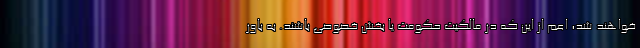
خواهند شد، اعم از این که در مالکیت حکومت یا بخش خصوصی باشند. به باور